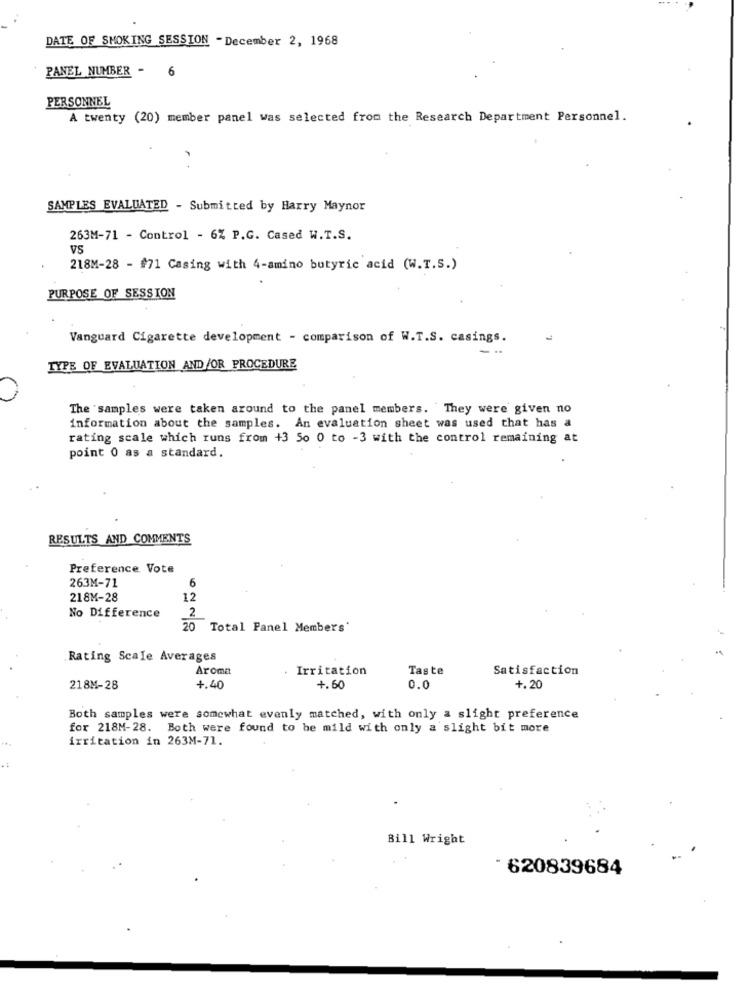
DATE OF SMOKING SESSION - December 2, 1968
PANEL NUMBER -
6
PERSONNEL
A twenty (20) member panel was selected from the Research Department Personnel.
SAMPLES EVALUATED - Submitted by Harry Maynor
263M-71 - Control - 6% P.G. Cased W.T.S.
VS
218M-28 - #71 Casing with 4-amino butyric acid (W.T.S.)
PURPOSE OF SESSION
Vanguard Cigarette development - comparison of W.T.S. casings.
...
TYPE OF EVALUATION AND /OR PROCEDURE
The samples were taken around to the panel members. They were given no
information about the samples. An evaluation sheet was used that has a
rating scale which runs from +3 50 0 to -3 with the control remaining at
point 0 as a standard.
RESULTS AND COMMENTS
Preference Vote
263M-71
6
218M-28
12
2
No Difference
20
Total Panel Members'
Rating Scale Averages
Aroma
. Irritation
Taste
Satisfaction
218M-28
4.40
+.60
0.0
+.20
Both samples were somewhat evenly matched, with only a slight preference
for 218M-28. Both were found to be mild with only a slight bit more
irritation in 263M-71.
Bill Wright
- 620839684